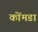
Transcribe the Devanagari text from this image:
कोंमडा